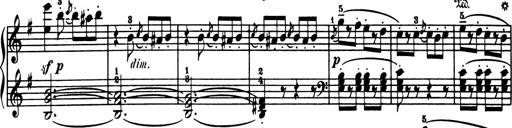
Title: Sonatina in G major
Composer: Friedrich Kuhlau
Key: G major